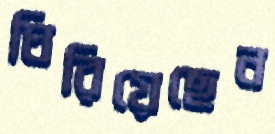
ঘিরিয়েছেন